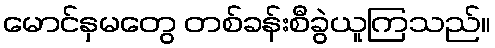
မောင်နှမတွေ တစ်ခန်းစီခွဲယူကြသည်။